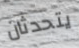
يتحدثان